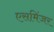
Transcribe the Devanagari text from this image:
एसमिंजर